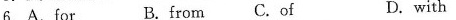
6.A.for B.from C.of D.with